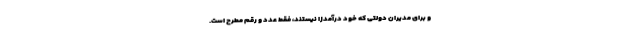
و برای مدیران دولتی که خود درآمدزا نیستند، فقط عدد و رقم مطرح است.